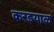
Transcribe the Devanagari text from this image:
करडयाळ